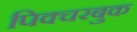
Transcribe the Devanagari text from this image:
पिक्चरबुक